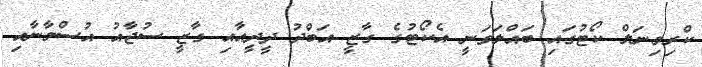
ކްރިމިނަލް ކޯޓުގައި ބައްލަވަނީ އެކޯޓުގެ ގާޒީ އަބްދު ދީދީއާއި ގާޒީ ސުޖާއު އުސްމާނާއި